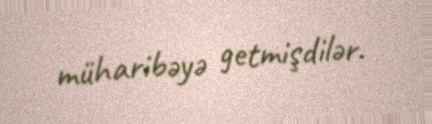
müharibəyə getmişdilər.